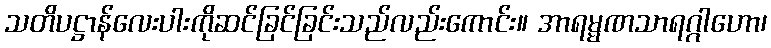
သတိပဋ္ဌာန်လေးပါးကိုဆင်ခြင်ခြင်းသည်လည်းကောင်း။ အာရမ္မဏသာရဂ္ဂါဟော၊